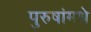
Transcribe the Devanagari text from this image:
पुरुषांमधे